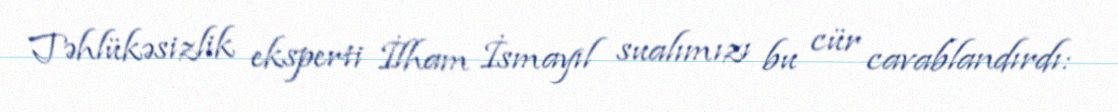
Təhlükəsizlik eksperti İlham İsmayıl sualımızı bu cür cavablandırdı: